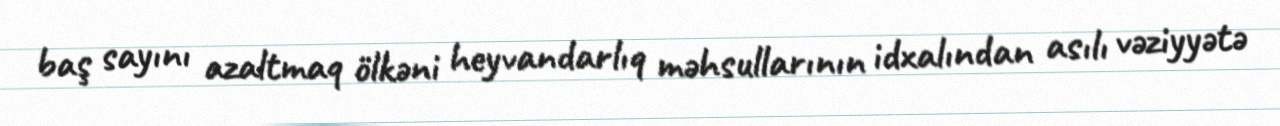
baş sayını azaltmaq ölkəni heyvandarlıq məhsullarının idxalından asılı vəziyyətə